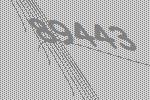
89443